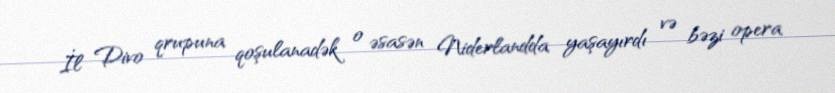
İl Divo qrupuna qoşulanadək o əsasən Niderlandda yaşayırdı və bəzi opera